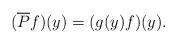
LaTeX: \begin{align*}(\overline{P}f)(y)=(g(y)f)(y).\end{align*}